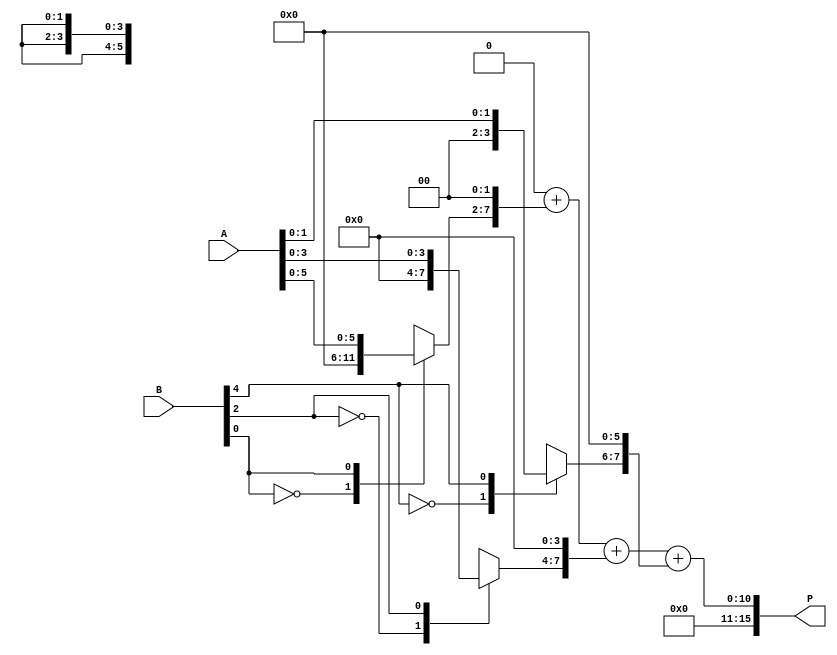
module radix4_multiplier #(parameter N = 8) (
    input wire [N-1:0] A,  // multiplicand
    input wire [N-1:0] B,  // multiplier
    output reg [2*N-1:0] P // product
);

reg [N-1:0] PP [0:3]; // partial products
reg [N-1:0] A_temp, A_neg;
reg [N-1:0] B_prev; // previous bit of multiplier
reg [1:0] MB; // 2-bit Booth encoding
integer i;

always @(*) begin
    // Initialize
    P = 0;
    A_temp = A;
    A_neg = ~A + 1; // Negated A
    B_prev = 0; // Previous bit initialized to 0

    // Loop through each bit of the multiplier
    for (i = 0; i < N; i = i + 2) begin
        // Get 2-bit Booth encoding
        MB = {B[i+1], B_prev}; // Current and previous bits
        B_prev = B[i]; // Update previous bit
        
        // Generate partial products based on Booth encoding
        case (MB)
            2'b00: PP[0] = 0;   // No partial product
            2'b01: PP[0] = A_temp; // Partial Product is A
            2'b10: PP[0] = A_neg; // Partial Product is -A
            2'b11: PP[0] = A_temp << 1; // Partial Product is 2A
            default: PP[0] = 0; // Should not occur
        endcase
        
        // Shift the partial product according to the index
        PP[0] = PP[0] << i; // Shift partial product based on bit position
        
        // Accumulate the partial products
        P = P + PP[0]; // Simple addition, can be optimized with carry save adders if needed
    end
end

endmodule